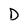
Character: D